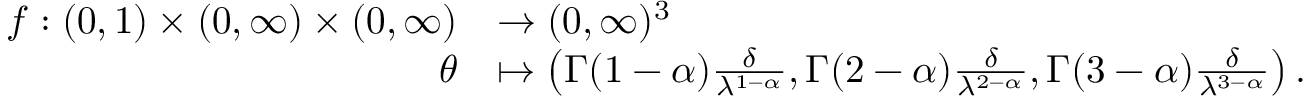
\begin{array} { r l } { f : ( 0 , 1 ) \times ( 0 , \infty ) \times ( 0 , \infty ) } & { \to ( 0 , \infty ) ^ { 3 } } \\ { \theta } & { \mapsto \left( \Gamma ( 1 - \alpha ) \frac { \delta } { \lambda ^ { 1 - \alpha } } , \Gamma ( 2 - \alpha ) \frac { \delta } { \lambda ^ { 2 - \alpha } } , \Gamma ( 3 - \alpha ) \frac { \delta } { \lambda ^ { 3 - \alpha } } \right) . } \end{array}